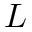
L